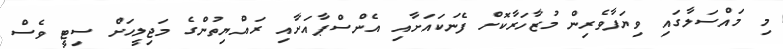
މި މައްސަލާގައި ވިޔަފާވެރިން މުޒާހަރާކޮށް ފެނަކައަށާއި އެންސްޕާއަށާއި ރައްޔިތުންގެ މަޖިލީހަށް ސިޓީ ވެސް